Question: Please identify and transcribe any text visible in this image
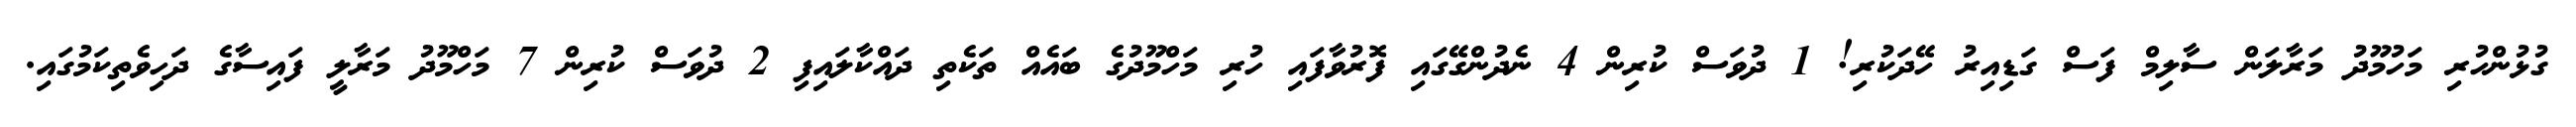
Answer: ގުޅުންހުރި މަހުމޫދު މަރާލަން ސާލިމް ފަސް ގަޑިއިރު ހޭދަކުރި! 1 ދުވަސް ކުރިން 4 ނެދުންގޭގައި ފޮރުވާފައި ހުރި މަހްމޫދުގެ ބައެއް ތަކެތި ދައްކާލައިފި 2 ދުވަސް ކުރިން 7 މަހްމޫދު މަރާލީ ފައިސާގެ ދަހިވެތިކަމުގައި.